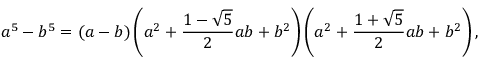
a ^ { 5 } - b ^ { 5 } = ( a - b ) \left( a ^ { 2 } + { \frac { 1 - { \sqrt { 5 } } } { 2 } } a b + b ^ { 2 } \right) \left( a ^ { 2 } + { \frac { 1 + { \sqrt { 5 } } } { 2 } } a b + b ^ { 2 } \right) ,